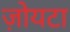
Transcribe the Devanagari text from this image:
ज़ोयटा